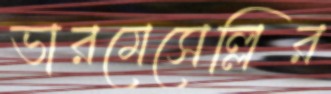
ভারমেসেল্লির